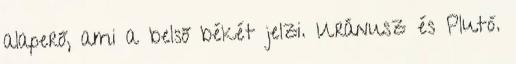
alaperő, ami a belső békét jelzi. Uránusz és Plutó.